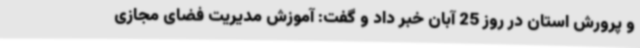
و پرورش استان در روز 25 آبان خبر داد و گفت: آموزش مدیریت فضای مجازی